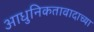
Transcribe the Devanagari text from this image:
आधुनिकतावादाच्या